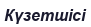
Күзетшісі